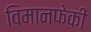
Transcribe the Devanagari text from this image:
विमानफेकी